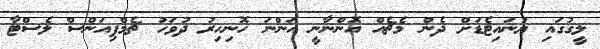
ލީގުގައި ޔުނައިޓެޑަށް ދެން މެޗެއް އޮންނާނީ އަންނަ ހޮނިހިރު ދުވަހު ޗެމްޕިއަންސް ލެސްޓާ